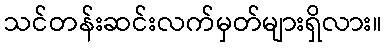
သင်တန်းဆင်းလက်မှတ်များရှိလား။